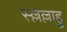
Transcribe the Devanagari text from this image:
स्ल्लल्लाहु